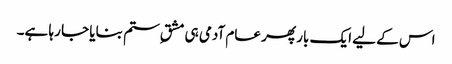
اس کے لیے ایک بار پھر عام آدمی ہی مشقِ ستم بنایا جا رہا ہے۔